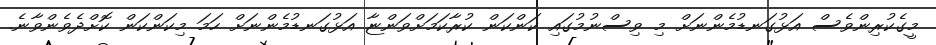
މީގެކުރިންވެސް އަޅުގަނޑުމެންނަށް މި ވިސްނުމުގައި ކަންކަން ކުރާކަމަށްވަންޏާ އަޅުގަނޑުމެންނަށް ހަމަ މިކަންކަން ކޮށްދެވެންވާނެ.